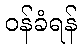
ဝန်ခံရန်